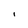
Character: I